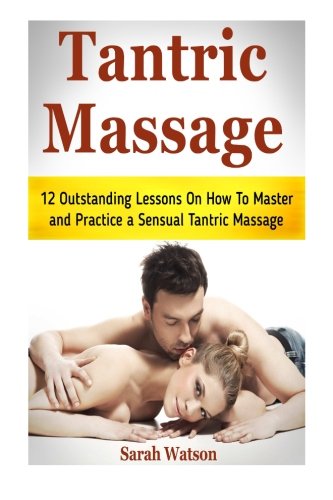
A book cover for Tantric Massage: 12 Outstanding Lessons On How To Master and Practice a Sensual Tantric Massage (tantric massage, tantric meditation, tantric magick); Sarah Watson; Religion & Spirituality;